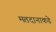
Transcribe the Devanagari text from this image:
मतदानाकडे